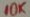
Text: 10K